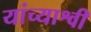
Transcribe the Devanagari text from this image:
यांच्याश्वी